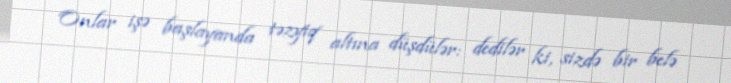
Onlar işə başlayanda təzyiq altına düşdülər: dedilər ki, sizdə bir belə